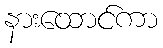
နားထောင်ကာ